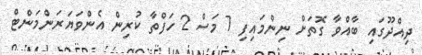
ދިއްދޫގައި ބާއްވާ ގޮތަށް ނިންމައިފި 7 މަސް 2 ހަފްތާ ކުރިން އެންވަޔަރަންމަންޓް